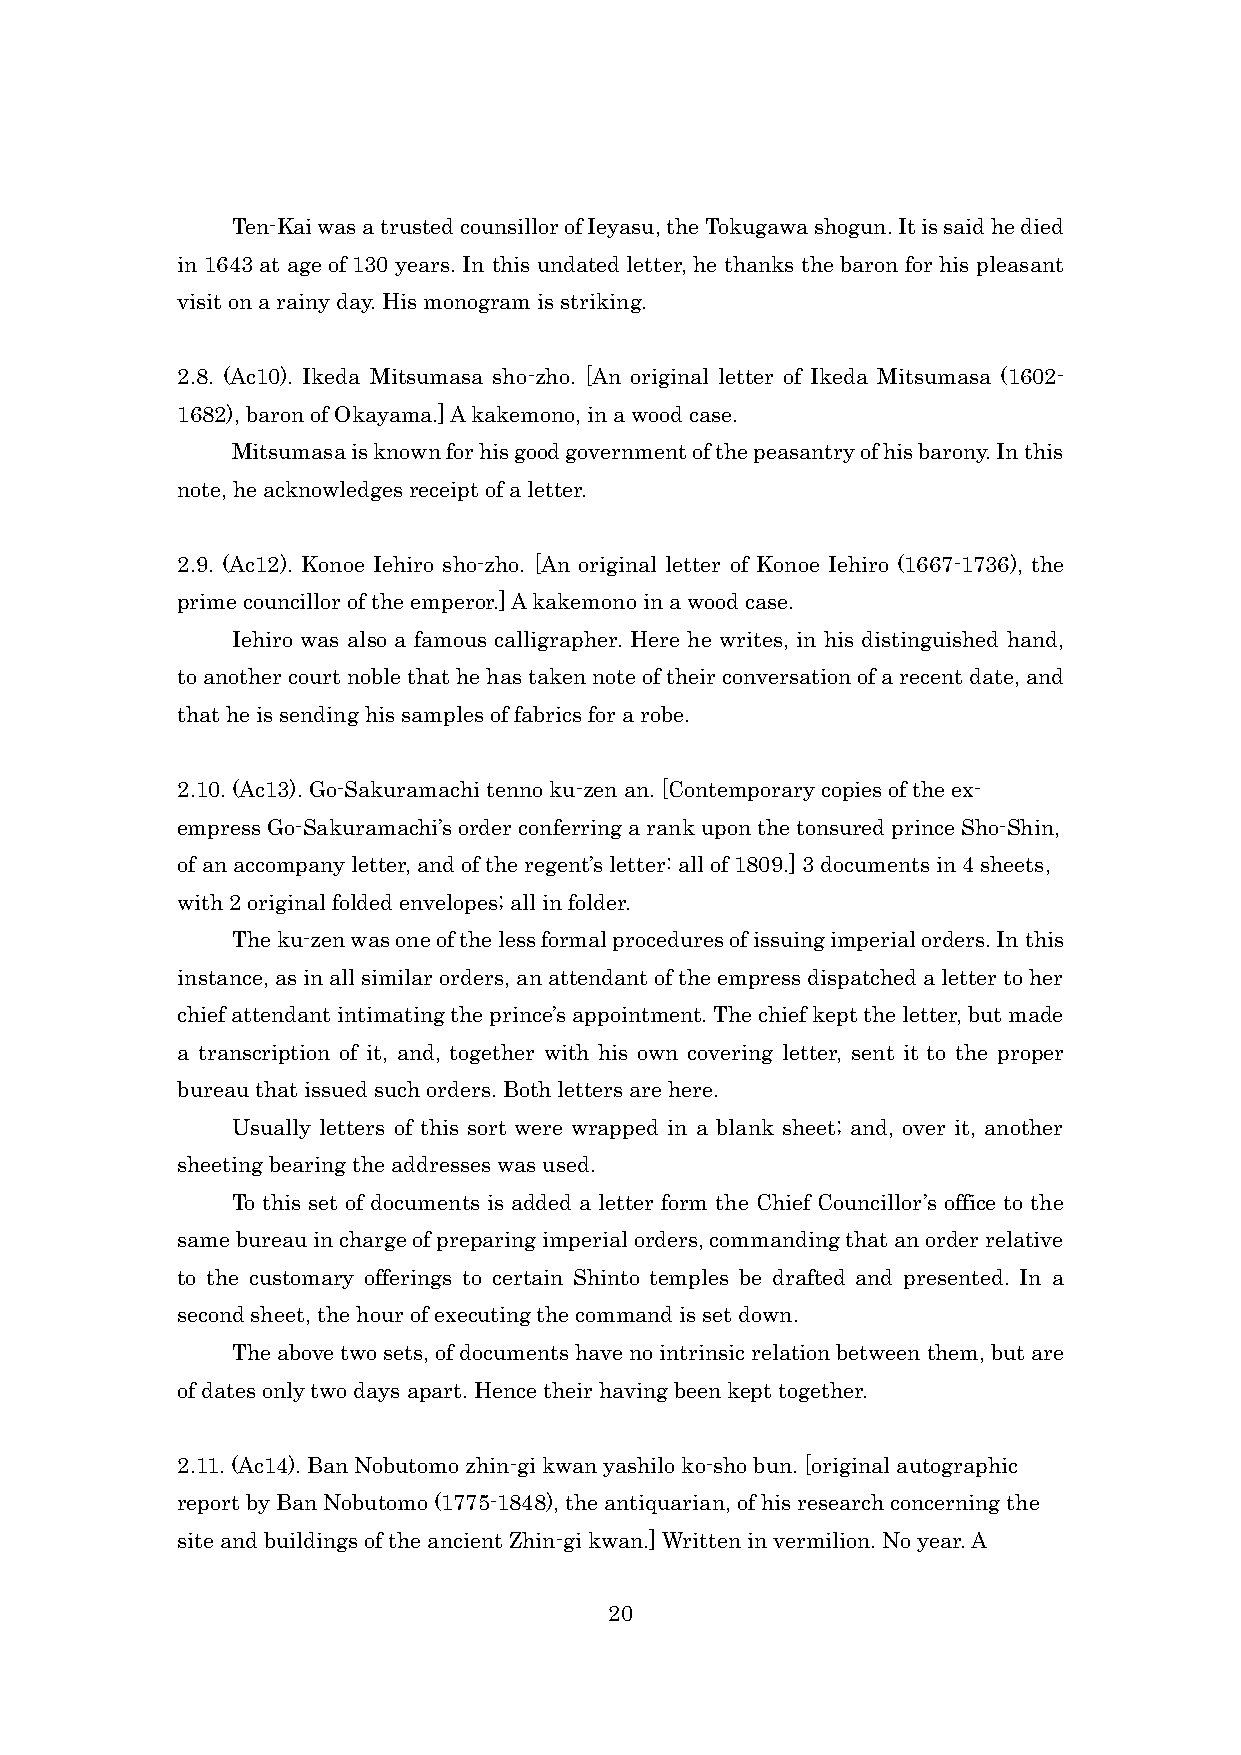
Ten-Kai was a trusted counsillor of Ieyasu, the Tokugawa shogun. It is said he died
 in 1643 at age of 130 years. In this undated letter, he thanks the baron for his pleasant
 visit on a rainy day. His monogram is striking.
 2.8. (Ac10). Ikeda Mitsumasa sho-zho. [An original letter of Ikeda Mitsumasa (1602-
 1682), baron of Okayama.] A kakemono, in a wood case.
 Mitsumasa is known for his good government of the peasantry of his barony. In this
 note, he acknowledges receipt of a letter.
 2.9. (Ac12). Konoe Iehiro sho-zho. [An original letter of Konoe Iehiro (1667-1736), the
 prime councillor of the emperor.] A kakemono in a wood case.
 Iehiro was also a famous calligrapher. Here he writes, in his distinguished hand,
 to another court noble that he has taken note of their conversation of a recent date, and
 that he is sending his samples of fabrics for a robe.
 2.10. (Ac13). Go-Sakuramachi tenno ku-zen an. [Contemporary copies of the ex-
 empress Go-Sakuramachi’s order conferring a rank upon the tonsured prince Sho-Shin,
 of an accompany letter, and of the regent’s letter: all of 1809.] 3 documents in 4 sheets,
 with 2 original folded envelopes; all in folder.
 The ku-zen was one of the less formal procedures of issuing imperial orders. In this
 instance, as in all similar orders, an attendant of the empress dispatched a letter to her
 chief attendant intimating the prince’s appointment. The chief kept the letter, but made
 a transcription of it, and, together with his own covering letter, sent it to the proper
 bureau that issued such orders. Both letters are here.
 Usually letters of this sort were wrapped in a blank sheet; and, over it, another
 sheeting bearing the addresses was used.
 To this set of documents is added a letter form the Chief Councillor’s office to the
 same bureau in charge of preparing imperial orders, commanding that an order relative
 to the customary offerings to certain Shinto temples be drafted and presented. In a
 second sheet, the hour of executing the command is set down.
 The above two sets, of documents have no intrinsic relation between them, but are
 of dates only two days apart. Hence their having been kept together.
 2.11. (Ac14). Ban Nobutomo zhin-gi kwan yashilo ko-sho bun. [original autographic
 report by Ban Nobutomo (1775-1848), the antiquarian, of his research concerning the
 site and buildings of the ancient Zhin-gi kwan.] Written in vermilion. No year. A
 20